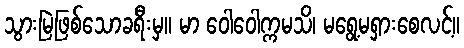
သွားမြဲဖြစ်သောခရီးမှ။ မာ ဝေါဝေါက္ကမသိ၊ မရွေ့မရှားစေလင့်။